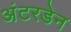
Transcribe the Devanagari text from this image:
अंटरडेन